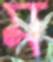
ম